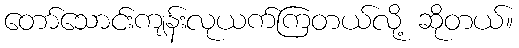
တော်သောင်းကျန်းလုယက်ကြတယ်လို့ ဆိုတယ်။